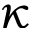
\kappa